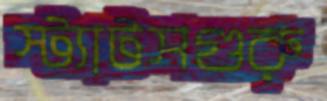
স্ট্যাটসগুরু